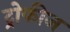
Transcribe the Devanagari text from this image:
ट्रोफीज